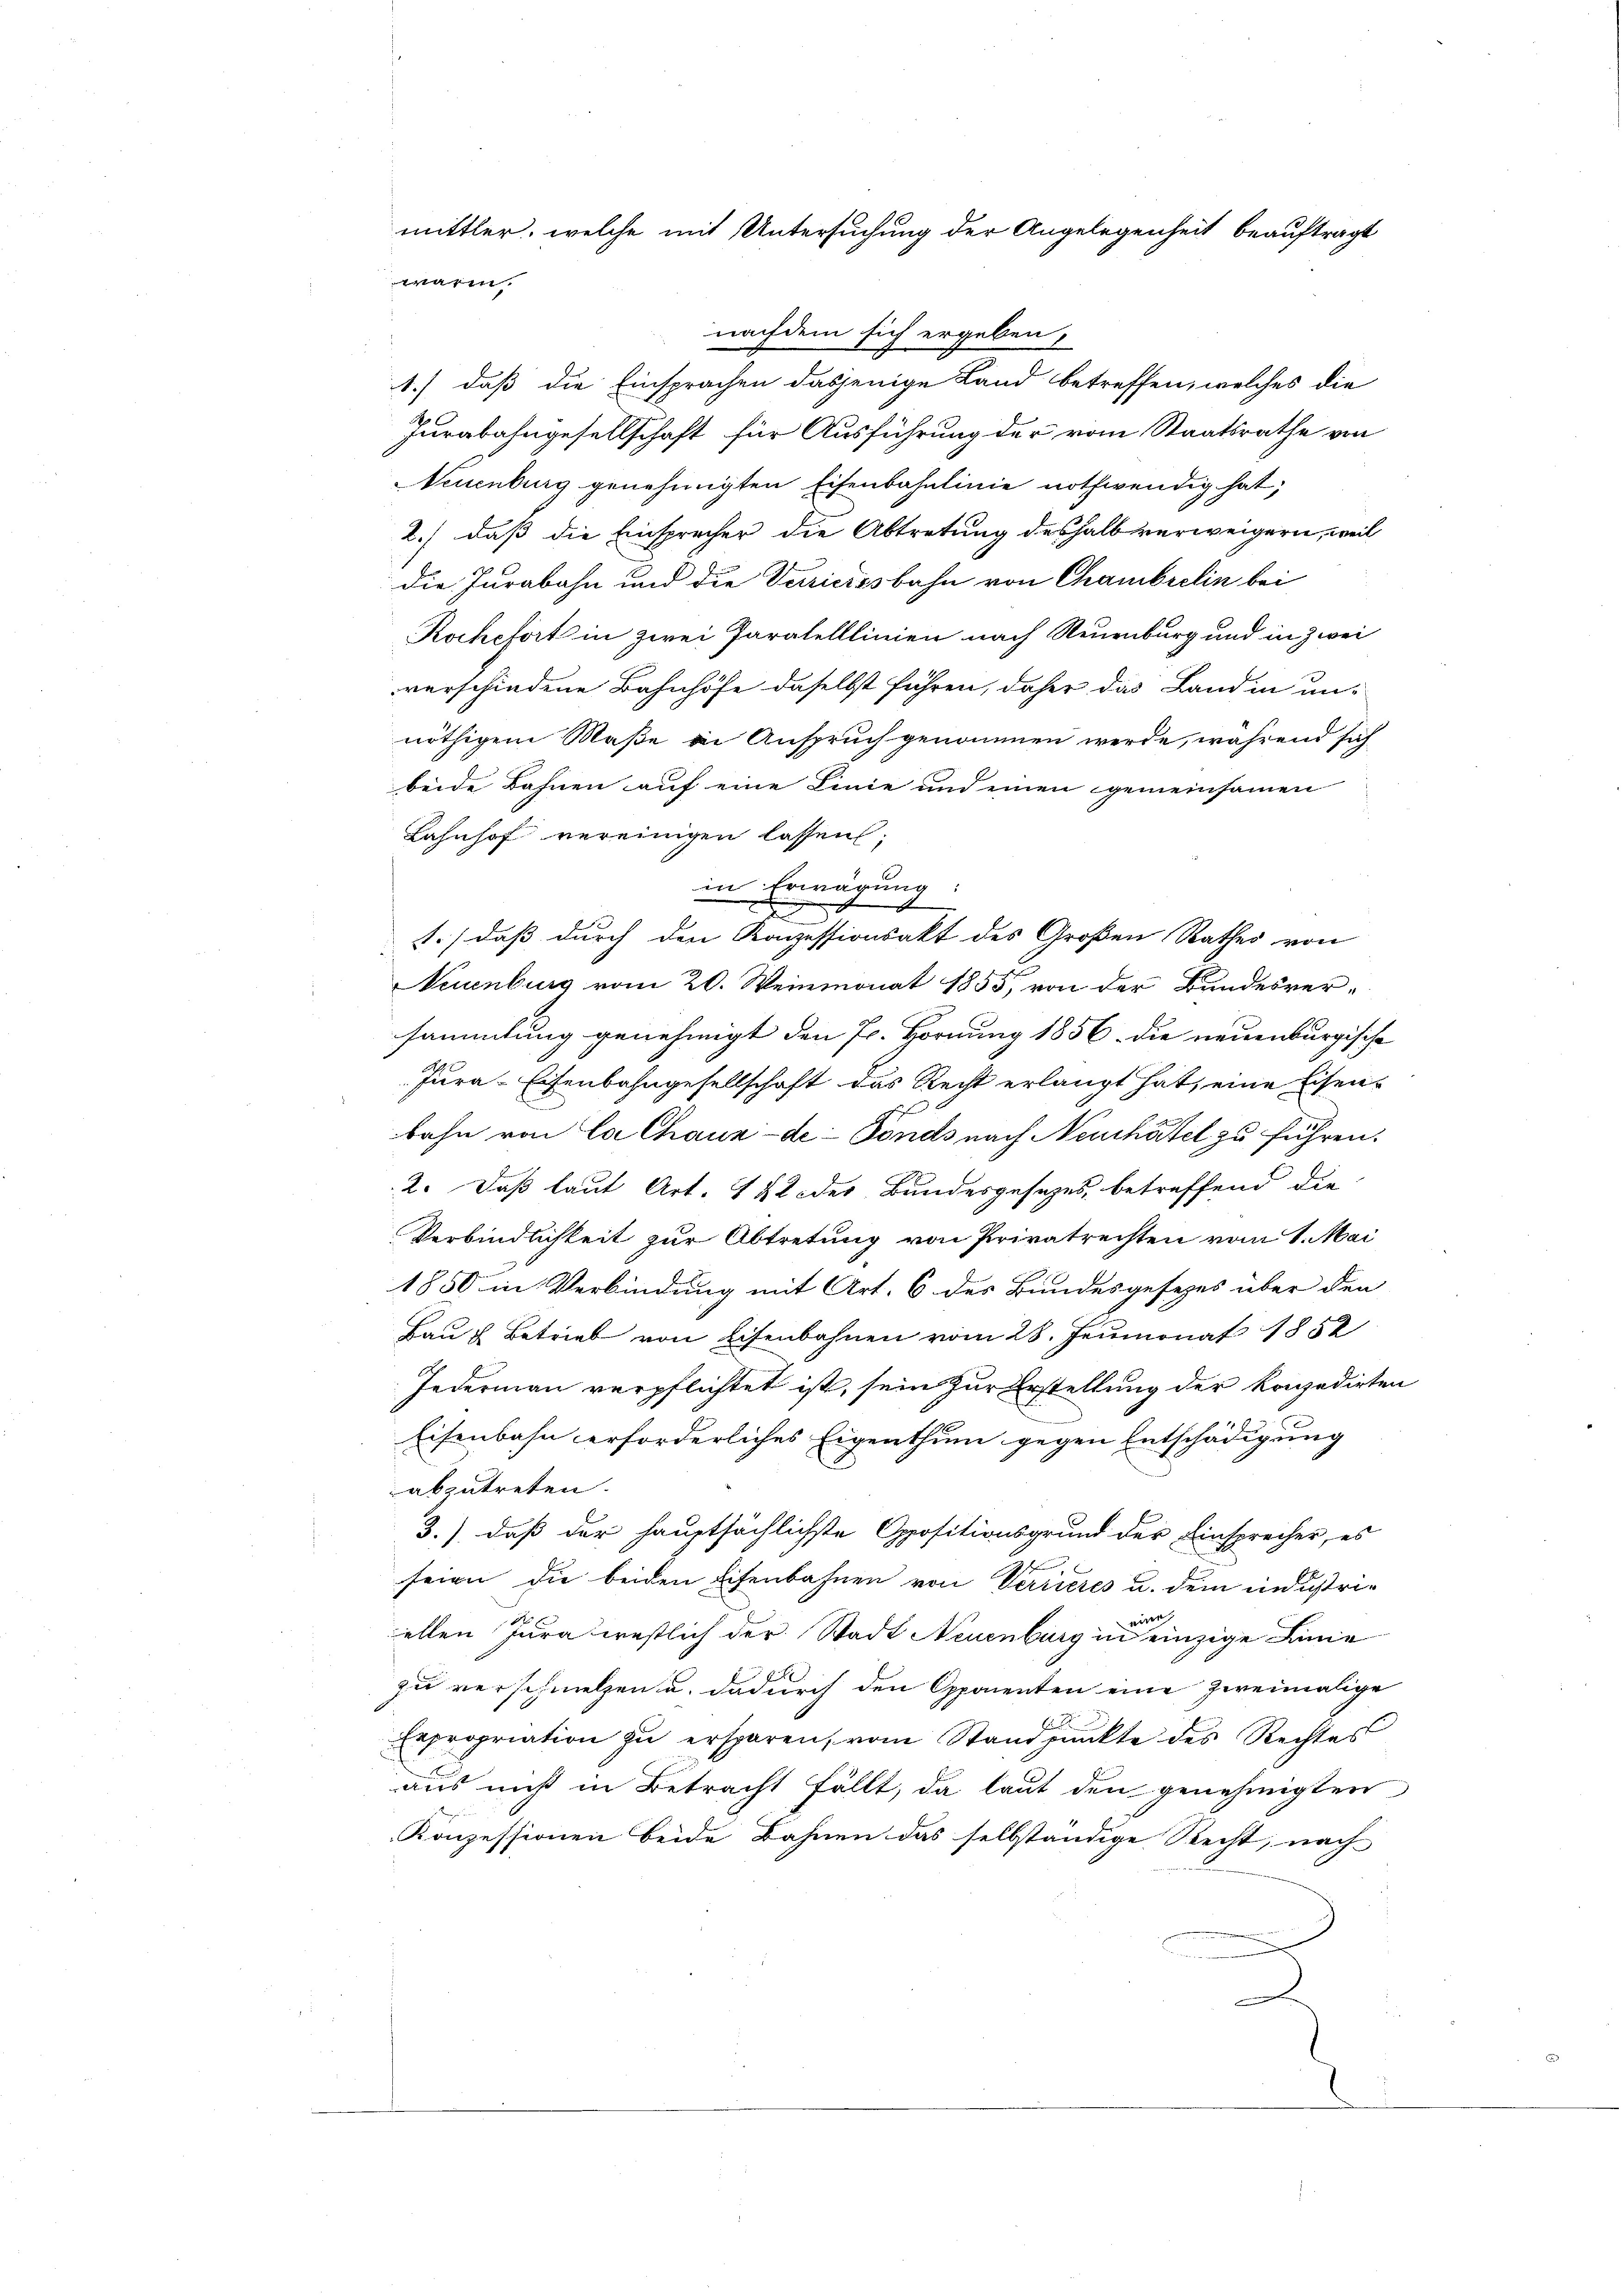
mittler, welche mit Untersuchung der Angelegenheit beauftragt
waren.

nachdem sich ergeben,
1.) daß die Einsprachen dasjenige Land betreffen, welches die
Purabahngesellschaft für Ausführung der vom Staatsrathe von
Neuenburg genehmigten Eisenbahnlinie nothwendig hat,
2.) daß die Einsprecher die Abtretung deshalb verweigern, weil
die Jurabahn und die Verieresbahn von Chambrelin bei
Rochefort in zwei Paratelllinien nach Neuenburg und in Zwei
verschiedene Bahnhöfe daselbst führen, daher das Land in unnöthigem Maße in Anspruch genommen werde, während sich
beide Bahnen auf eine Linie und einen gemeinsamen
Lahnhof vereinigen lassen;
in Erwägung:
t
e
.
1.) daß durch den Konzessionsakt des Großen Rathes von
Neuenburg vom 20. Weinmonat 1855, von der Bundesver-
sammlung genehmigt den 7. Hornung 1856. die neuenburgische
Jura-Eisenbahngesellschaft das Recht erlangt hat, eine Eisen-
bahn von Ca Chaux-de-Fonds nach Neuchâtel zu führen.
2. Daß laut Art. 142 des Bundesgesetzes, betreffend die
Verbindlichkeit zur Abtretung von Privatrechten vom 1. Mai
1850 in Verbindung mit Art. 6 des Bundesgesezes über den
Bau & Betrieb von Eisenbahnen vom 28. Jeumonat 1852
Jedermann verpflichtet ist, sein zur Erstellung der konzedirten
Eisenbahn erforderliches Eigenthum gegen Entschädigung
abzutreten.
3.) daß der hauptsächlichste Oppositionsgrund der Einsprecher, es

seien die beiden Eisenbahnen von Verrieres u. dem industri-
eine
ellen Jura westlich der Stadt Neuenburg in einzige Linie
zu verschmelzen u. dadurch den Opponenten eine zweimalige
E
Expropriation zŭ ersparen, vom Standpunkte des Rechtes
aus nicht in Betracht fällt, da laut den genehmigten
Konzessionen beide Bahnen das selbständige Recht, nach